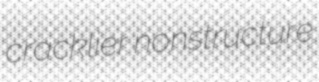
cracklier nonstructure